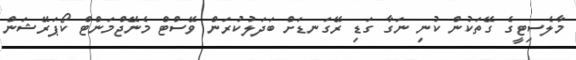
މާލެސިޓީގެ ގޭތަކުން ކުނި ނަގާ ގަޑި ރޭގަނޑަށް ބަދަލުކުރަން ވޭސްޓް މެނޭޖްމަންޓް ކޯޕަރޭޝަން